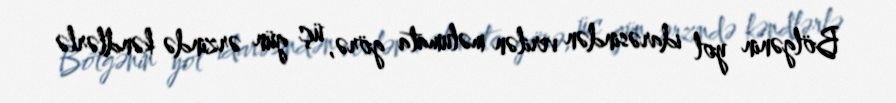
Bölgənin yol idarəsindən verilən məlumata görə, üç gün ərzində kəndlərlə